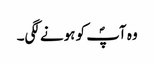
وہ آپؐ کو ہونے لگی۔